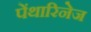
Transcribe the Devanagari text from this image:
पेंथारिनेज